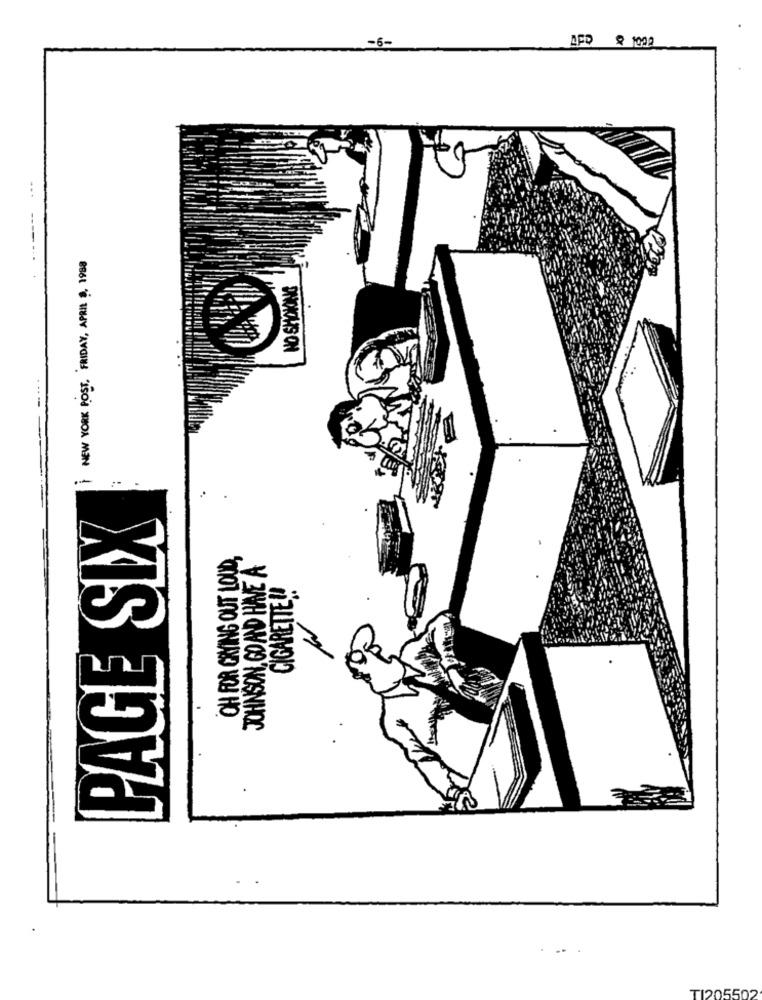
APD 9 1002
...
NEW YORK POST, FRIDAY, APRIL . 1988
PINOICHIS ON
. .
PAGE SIX
OH FOR CRYING OUT LOUD
JOHNSON, GO AND HAVE A
CIGARETTE !!
--
TI205502